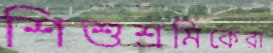
শিশুশ্রমিকেরা